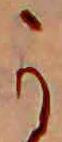
か